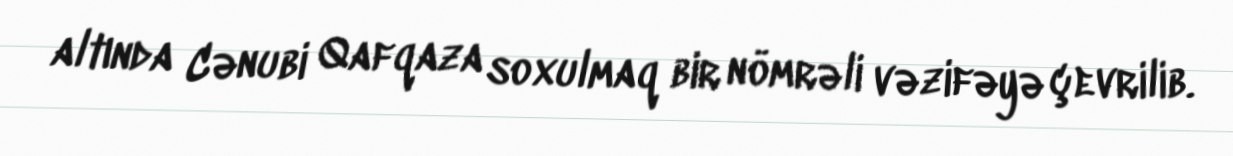
altında Cənubi Qafqaza soxulmaq bir nömrəli vəzifəyə çevrilib.